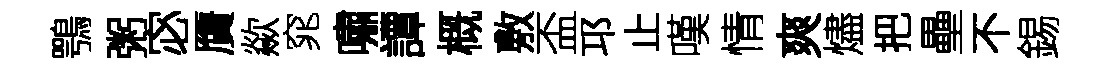
鶚粥宓贋歘窕嘯譚概敷盃邛止嘆情爽燼把壘不錫